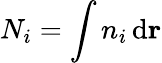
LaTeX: N_{i}=\int n_{i}\, \mathrm{d}\mathbf{r}